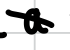
Text: a
Cross-out: diagonal
Writing tool: digital_black